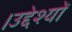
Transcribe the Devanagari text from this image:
।उद्देश्यों